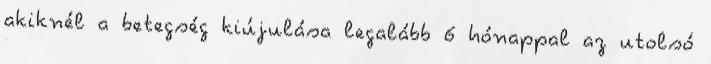
akiknél a betegség kiújulása legalább 6 hónappal az utolsó